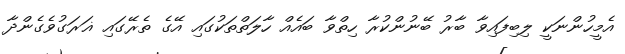
އެމީހުންނަކީ ލިބިފައިވާ ބާރު ބޭނުންކުރާ ހިތްވާ ބައެއް ހާލަތްތަކުގައި އޭގެ ތެރޭގައި ޣަރަގުވެގެންދާ